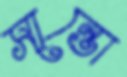
সান্তো